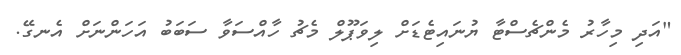
"އަދި މިހާރު މެންޗެސްޓާ ޔުނައިޓެޑަށް ލިވަަޕޫލް މެޗު ހާއްސަވާ ސަބަބު އަހަންނަށް އެނގޭ.